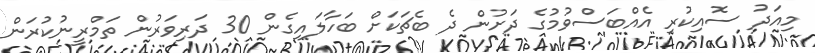
މިއަދު ސޮއިކުރި އެއްބަސްވުމުގެ ދަށުން ދެ ބެޗަކަށް ބަހާލައިގެން 30 ދަރިވަރުން ތަމްރީނުކުރަން